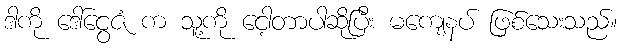
ဒါကို ဒေါ်ငွေဇံ က သူ့ကို ငေါ့တာပါဆိုပြီး မကျေနပ် ဖြစ်သေးသည်။